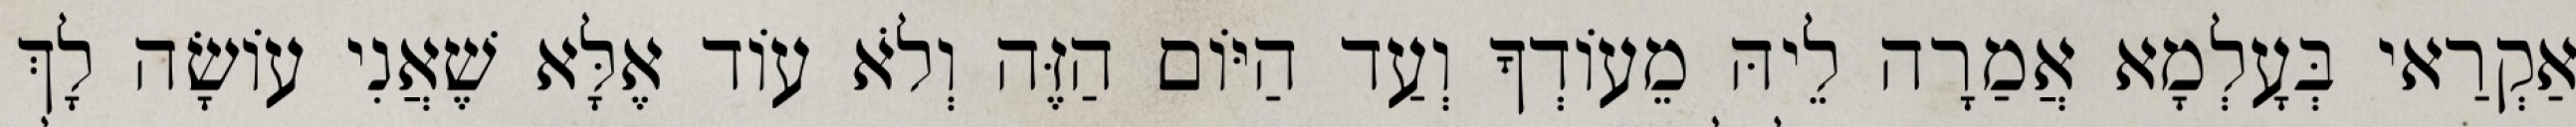
אַקְרַאי בְּעָלְמָא אֲמַרָה לֵיהּ מֵעוֹדְךָ וְעַד הַיּוֹם הַזֶּה וְלֹא עוֹד אֶלָּא שֶׁאֲנִי עוֹשָׂה לָךְ